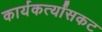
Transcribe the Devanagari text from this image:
कार्यकर्त्यांसकट